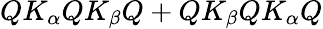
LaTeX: QK_{\alpha}QK_{\beta}Q+QK_{\beta}QK_{\alpha}Q